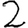
Digit: 2